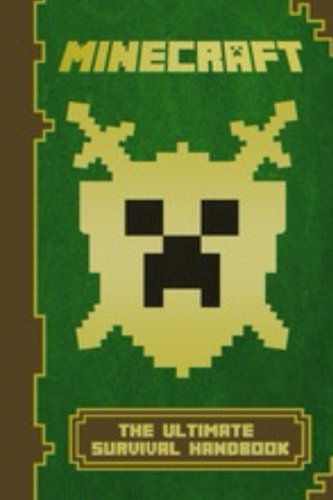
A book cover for Minecraft: The Ultimate Survival Handbook: (Minecraft Comics, Minecraft Books) (The Unofficial Minecraft Secrets Series) (Volume 1); Kwick Reeds; Humor & Entertainment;